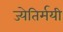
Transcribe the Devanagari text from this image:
ज्येतिर्मयी